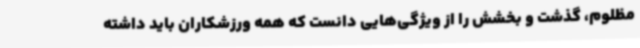
مظلوم، گذشت و بخشش را از ویژگی‌هایی دانست که همه ورزشکاران باید داشته